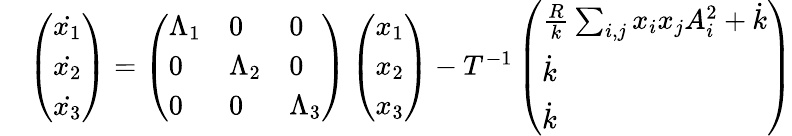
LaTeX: \begin{array}{rl}&{\left(\begin{array}{l}{\dot{x_{1}}}\\ {\dot{x_{2}}}\\ {\dot{x_{3}}}\end{array}\right)=\left(\begin{array}{lll}{\Lambda_{1}}&{0}&{0}\\ {0}&{\Lambda_{2}}&{0}\\ {0}&{0}&{\Lambda_{3}}\end{array}\right)\left(\begin{array}{l}{x_{1}}\\ {x_{2}}\\ {x_{3}}\end{array}\right)-T^{-1}\left(\begin{array}{l}{\frac{R}{k}\sum_{i,j}x_{i}x_{j}A_{i}^{2}+\dot{k}}\\ {\dot{k}}\\ {\dot{k}}\end{array}\right)}\end{array}